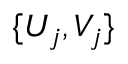
\{ U _ { j } , V _ { j } \}